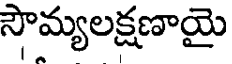
సౌమ్యలక్షణాయై